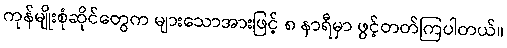
ကုန်မျိုးစုံဆိုင်တွေက များသောအားဖြင့် ၈ နာရီမှာ ဖွင့်တတ်ကြပါတယ်။